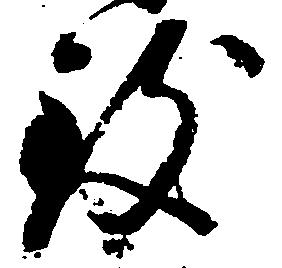
致